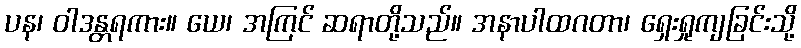
ပန၊ ဝါဒန္တရကား။ ယေ၊ အကြင် ဆရာတို့သည်။ အနာပါထဂတာ၊ ရှေးရှုကျခြင်းသို့